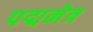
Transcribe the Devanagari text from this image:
पद्मनेत्र